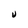
Character: v